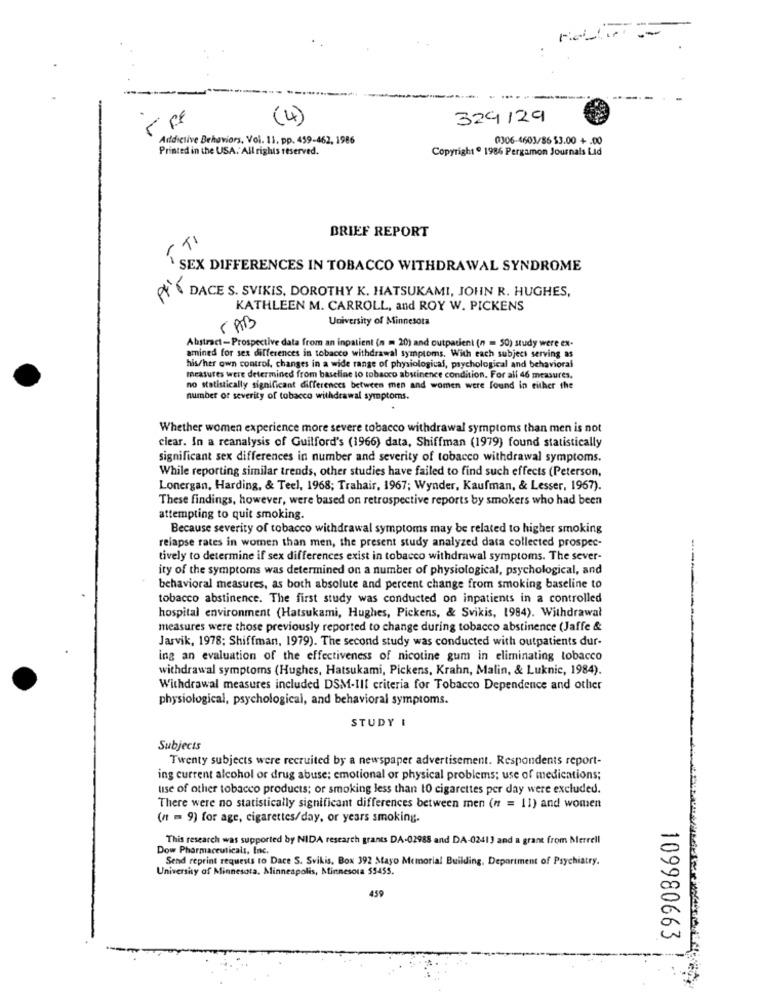
--
(4)
329129
Addictive Behaviors, Vol. 11. pp. 459-462, 1986
0306-4603/86 $3.00 + .00
Printed in the USA. All rights reserved.
Copyright º 1986 Pergamon Journals Lid
BRIEF REPORT
( TI
SEX DIFFERENCES IN TOBACCO WITHDRAWAL SYNDROME
DACE S. SVIKIS, DOROTHY K. HATSUKAMI, JOHN R. HUGHES,
KATHLEEN M. CARROLL, and ROY W. PICKENS
University of Minnesota
( AB
Abstract-Prospective data from an inpatient (n = 20) and outpatient (n = 50) study were ex-
amined for sex differences in tobacco withdrawal symptoms. With each subject serving as
his/her own control, changes in a wide range of physiological, psychological and behavioral
measures were determined from baseline to tobacco abstinence condition. For all 46 measures.
no statistically significant differences between men and women were found in either the
number of severity of tobacco withdrawal symptoms.
Whether women experience more severe tobacco withdrawal symptoms than men is not
clear. In a reanalysis of Guilford's (1966) data, Shiffman (1979) found statistically
significant sex differences in number and severity of tobacco withdrawal symptoms.
While reporting similar trends, other studies have failed to find such effects (Peterson,
Lonergan, Harding, & Teel, 1968; Trahair, 1967; Wynder, Kaufman, & Lesser, 1967).
These findings, however, were based on retrospective reports by smokers who had been
attempting to quit smoking.
Because severity of tobacco withdrawal symptoms may be related to higher smoking
relapse rates in women than men, the present study analyzed data collected prospec-
tively to determine if sex differences exist in tobacco withdrawal symptoms. The sever-
ity of the symptoms was determined on a number of physiological, psychological, and
behavioral measures, as both absolute and percent change from smoking baseline to
tobacco abstinence. The first study was conducted on inpatients in a controlled
hospital environment (Hatsukami, Hughes, Pickens, & Svikis, 1984). Withdrawal
measures were those previously reported to change during tobacco abstinence (Jaffe &
Jarvik, 1978; Shiffman, 1979). The second study was conducted with outpatients dur-
ing an evaluation of the effectiveness of nicotine gum in eliminating tobacco
withdrawal symptoms (Hughes, Hatsukami, Pickens, Krahn, Malin, & Luknic, 1984).
Withdrawal measures included DSM-III criteria for Tobacco Dependence and other
physiological, psychological, and behavioral symptoms.
STUDY I
Subjects
Twenty subjects were recruited by a newspaper advertisement. Respondents report-
ing current alcohol or drug abuse; emotional or physical problems; use of medications;
lise of other tobacco products; or smoking less than 10 cigarettes per day were excluded.
There were no statistically significant differences between men (n = 11) and women
(n = 9) for age, cigarettes/day, or years smoking.
This research was supported by NIDA research grants DA-02988 and DA-02413 and a grant from Merrell
Dow Pharmaceuticals, Inc.
Send reprint requests to Dace S. Svikis. Box 392 Mayo Memorial Building, Department of Psychiatry.
University of Minnesota, Minneapolis, Minnesota 55455.
459
109980663